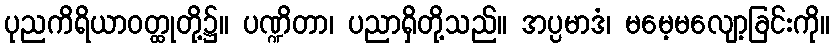
ပုညကိရိယာဝတ္ထုတို့၌။ ပဏ္ဍိတာ၊ ပညာရှိတို့သည်။ အပ္ပမာဒံ၊ မမေ့မလျော့ခြင်းကို။